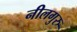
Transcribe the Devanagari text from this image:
नीलगुरु